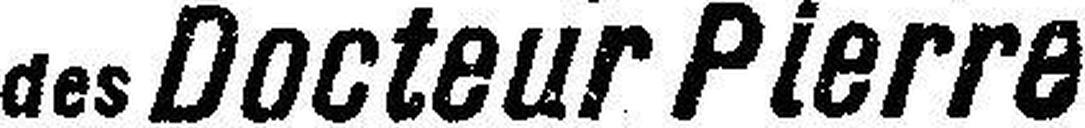
des Docteur Pierre